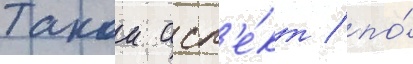
Такои асп'е́кт / по́